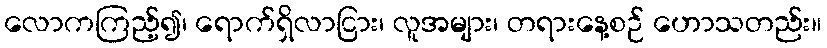
လောကကြည့်၍၊ ရောက်ရှိလာငြား၊ လူအများ၊ တရားနေ့စဉ် ဟောသတည်း။